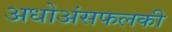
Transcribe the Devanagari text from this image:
अधोअंसफलकी